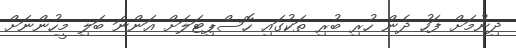
ދިނުމަށް ފަހު ދެން ހުރި ބުރި ތަކުގައި ހޮސްޕިޓަލަށް އަންނަ ބަލި މީހުންނަށް